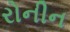
રોનીન